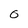
Character: 0